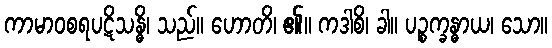
ကာမာဝစရပဋိသန္ဓိ၊ သည်။ ဟောတိ၊ ၏။ ကဒါစိ၊ ခါ။ ပဉ္စက္ခန္ဓာယ၊ သော။